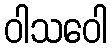
ဝါသဝေါ